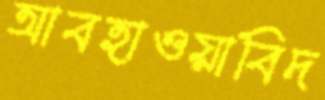
আবহাওয়াবিদ